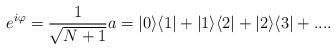
LaTeX: \begin{align*}e^{i\varphi}=\frac{1}{\sqrt{N+1}}a = |0\rangle \langle 1|+ |1\rangle \langle 2|+ |2\rangle \langle 3| + ....\end{align*}